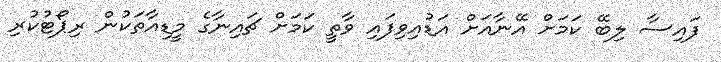
ފައިސާ ލިބޭ ކަމަށް އޭނާއަށް އަޑުއިވިފައި ވާތީ ކަމަށް ޗައިނާގެ މީޑިއާތަކުން ރިޕޯޓުކުރި